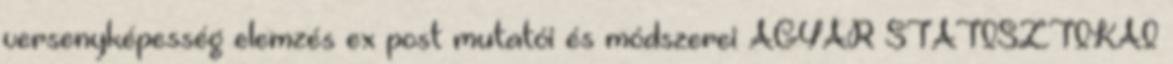
versenyképesség elemzés ex post mutatói és módszerei AGYAR STATISZTIKAI